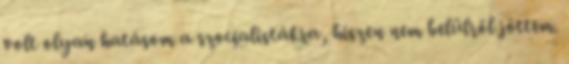
volt olyan hatásom a szocialistákra, hiszen nem belülről jöttem.